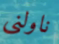
ناولني